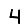
Digit: 4